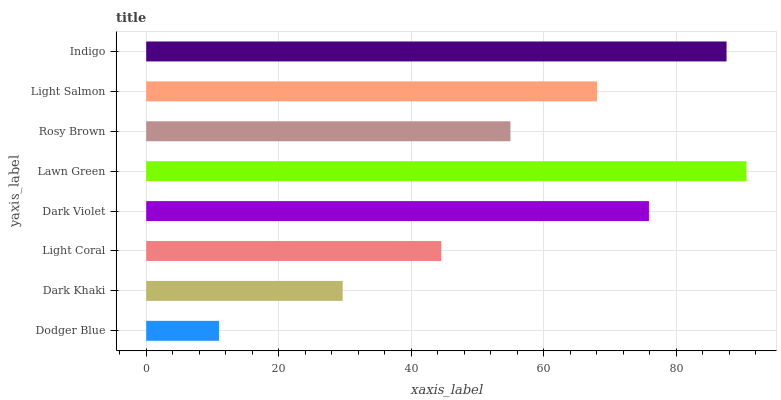
| yaxis_label | bars |
 | --- | --- |
 | Dodger Blue | 11 |
 | Dark Khaki | 29.6 |
 | Light Coral | 44.5 |
 | Dark Violet | 75.9 |
 | Lawn Green | 90.6 |
 | Rosy Brown | 55 |
 | Light Salmon | 68 |
 | Indigo | 87.6 |